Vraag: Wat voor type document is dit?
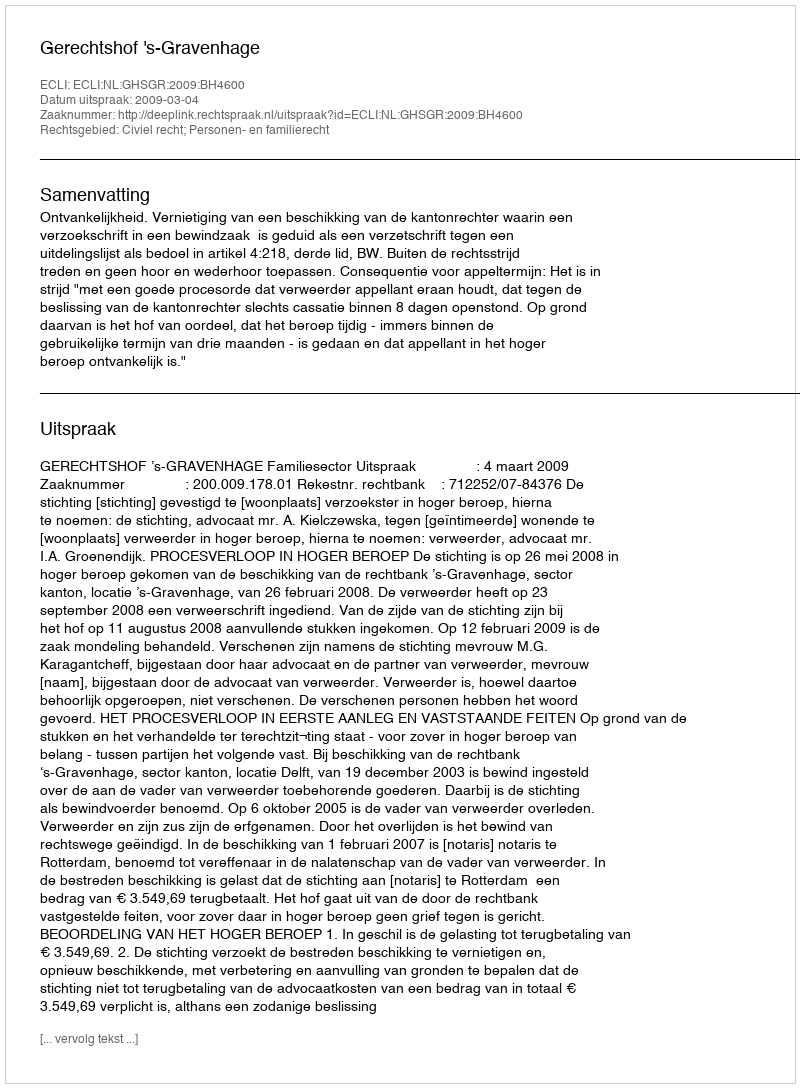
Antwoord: Uitspraak